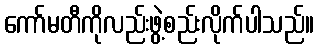
ကော်မတီကိုလည်းဖွဲ့စည်းလိုက်ပါသည်။